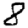
Digit: 8